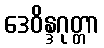
ဒေဝိန္ဒဂုတ္တာ